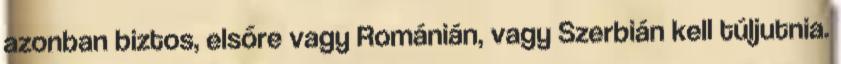
azonban biztos, elsőre vagy Románián, vagy Szerbián kell túljutnia.